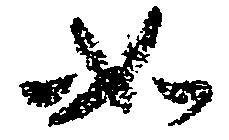
如